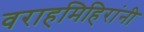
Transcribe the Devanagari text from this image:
वराहमिहिरांनी